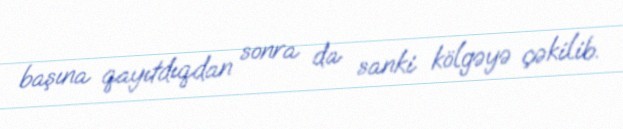
başına qayıtdıqdan sonra da sanki kölgəyə çəkilib.